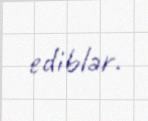
ediblər.